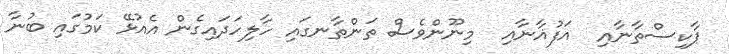
ޕާކިސްތާނާއި  އަފުޣާނާއި  މިނޫންވެސް ތަންތާނގައި ހާލިހަދައިގެން އެއުޅޭ ކަމުގައި ބުނާ